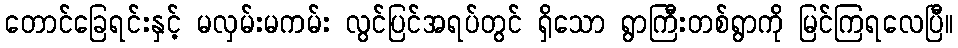
တောင်ခြေရင်းနှင့် မလှမ်းမကမ်း လွင်ပြင်အရပ်တွင် ရှိသော ရွာကြီးတစ်ရွာကို မြင်ကြရလေပြီ။